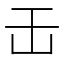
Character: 𠙻